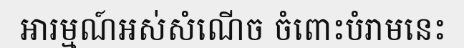
អារម្មណ៍អស់សំណើច ចំពោះបំរាមនេះ